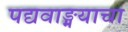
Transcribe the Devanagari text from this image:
पद्यवाङ्मयाचा